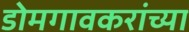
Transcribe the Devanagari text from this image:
डोमगावकरांच्या